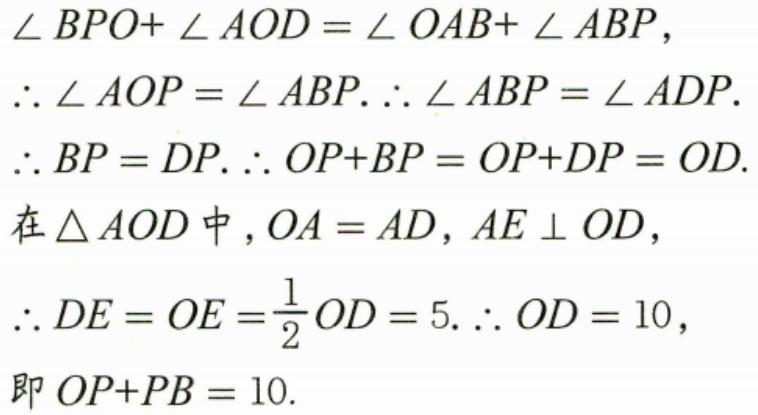
$\angle BPO+ \angle AOD= \angle OAB+ \angle ABP,$
$\therefore  \angle AOP= \angle ABP.\therefore  \angle ABP= \angle ADP.$
$\therefore BP=DP.\therefore OP + BP=OP + DP=OD.$
在$\triangle AOD$中$,OA = AD,AE \perp OD,$
$\therefore DE=OE=\frac{1}{2}OD = 5.\therefore OD = 10,$
即$OP + PB=10.$